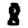
Digit: 8